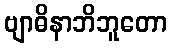
ဗျာဓိနာဘိဘူတော